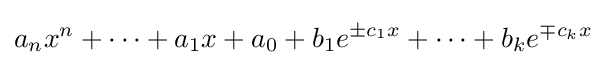
a_{n}x^{n}+\cdots +a_{1}x+a_{0}+b_{1}e^{\pm c_{1}x}+\cdots +b_{k}e^{\mp c_{k}x}\!